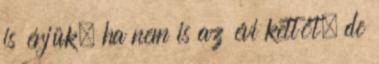
is érjük, ha nem is az évi kettőt, de